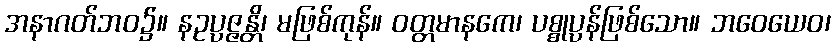
အနာဂတ်ဘဝ၌။ နဥပ္ပဇ္ဇန္တိ၊ မဖြစ်ကုန်။ ဝတ္တမာနကေ၊ ပစ္စုပ္ပန်ဖြစ်သော။ ဘဝေယေဝ၊